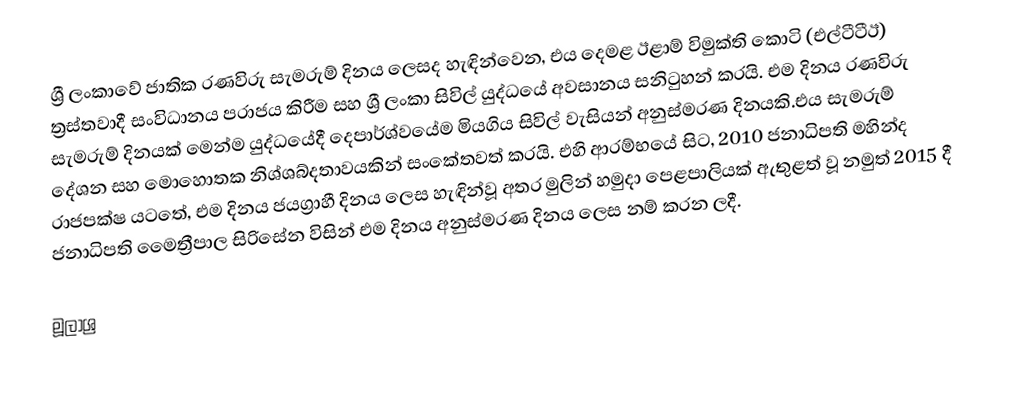
ශ්‍රී ලංකාවේ ජාතික රණවිරු සැමරුම් දිනය ලෙසද හැඳින්වෙන, එය දෙමළ ඊළාම් විමුක්ති කොටි (එල්ටීටීඊ) ත්‍රස්තවාදී සංවිධානය පරාජය කිරීම සහ ශ්‍රී ලංකා සිවිල් යුද්ධයේ අවසානය සනිටුහන් කරයි. එම දිනය රණවිරු සැමරුම් දිනයක් මෙන්ම යුද්ධයේදී දෙපාර්ශ්වයේම මියගිය සිවිල් වැසියන් අනුස්මරණ දිනයකි.එය සැමරුම් දේශන සහ මොහොතක නිශ්ශබ්දතාවයකින් සංකේතවත් කරයි. එහි ආරම්භයේ සිට, 2010 ජනාධිපති මහින්ද රාජපක්ෂ යටතේ, එම දිනය ජයග්‍රාහී දිනය ලෙස හැඳින්වූ අතර මුලින් හමුදා පෙළපාලියක් ඇතුළත් වූ නමුත් 2015 දී ජනාධිපති මෛත්‍රීපාල සිරිසේන විසින් එම දිනය අනුස්මරණ දිනය ලෙස නම් කරන ලදී.

මූලාශ්‍ර